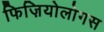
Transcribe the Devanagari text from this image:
फिज़ियोलोगस